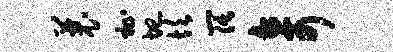
曩祉圮坎阔奇